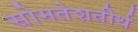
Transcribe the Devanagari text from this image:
सोमतेशतीर्थ